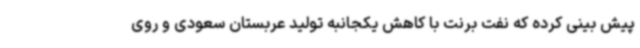
پیش بینی کرده که نفت برنت با کاهش یکجانبه تولید عربستان سعودی و روی